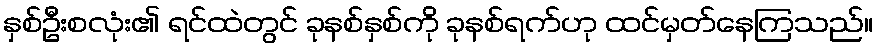
နှစ်ဦးစလုံး၏ ရင်ထဲတွင် ခုနစ်နှစ်ကို ခုနစ်ရက်ဟု ထင်မှတ်နေကြသည်။